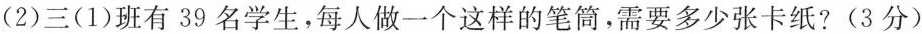
(2)三(1)班有39名学生，每人做一个这样的笔筒，需要多少张卡纸?(3分)